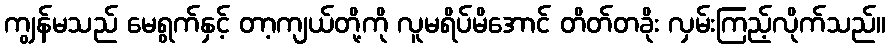
ကျွန်မသည် မေရွက်နှင့် တာ့ကျယ်တို့ကို လူမရိပ်မိအောင် တိတ်တခိုး လှမ်းကြည့်လိုက်သည်။